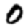
Digit: 0